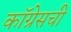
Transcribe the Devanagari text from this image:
कॉग्रेसची